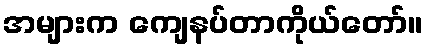
အများက ကျေနပ်တာကိုယ်တော်။